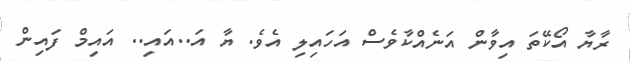
ރާޔާ އޯކޭތަ އިވާން އަނެއްކާވެސް އަހައިލި އެވެ. ޔާ އަ..އައި.. އައިމް ފައިން